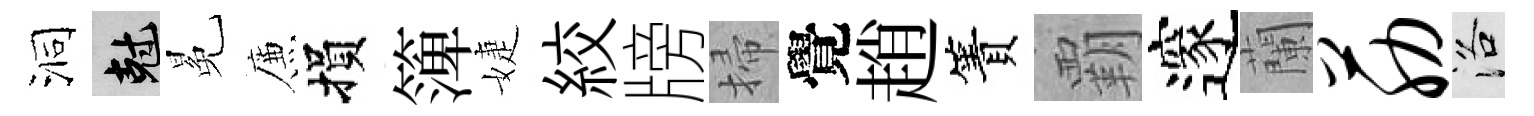
洞剋冕簾損𥱼婕絞牓掃覺趙簀覇邃蘭筋洛